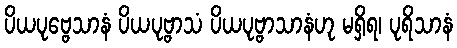
ပိယပုဗ္ဗေသာနံ ပိယပုဗ္ဗာသံ ပိယပုဗ္ဗာသာနံဟု မရှိရ၊ ပုရိသာနံ